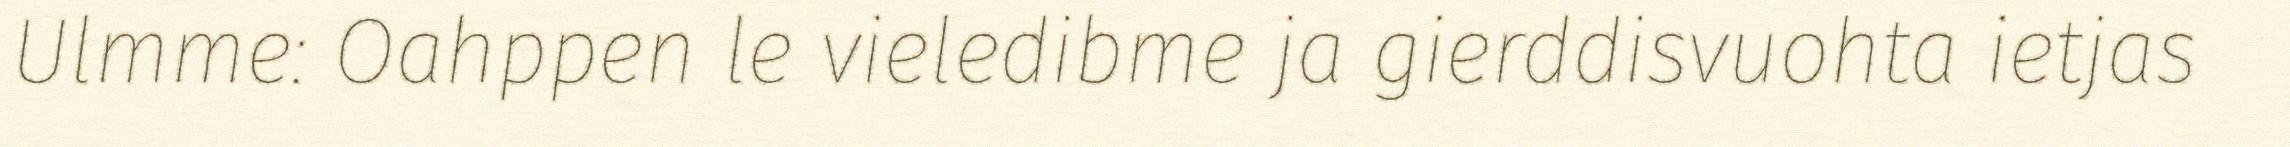
Ulmme: Oahppen le vieledibme ja gierddisvuohta ietjas